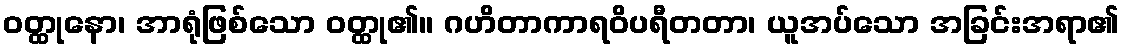
ဝတ္ထုနော၊ အာရုံဖြစ်သော ဝတ္ထု၏။ ဂဟိတာကာရဝိပရီတတာ၊ ယူအပ်သော အခြင်းအရာ၏